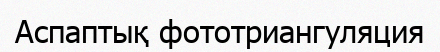
Аспаптық фототриангуляция